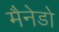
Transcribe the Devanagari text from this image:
मैनेडो